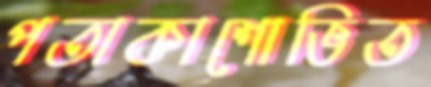
পতাকাশোভিত